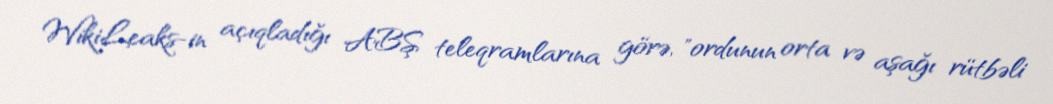
WikiLeaks-in açıqladığı ABŞ teleqramlarına görə, "ordunun orta və aşağı rütbəli